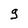
Character: g